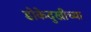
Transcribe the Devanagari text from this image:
डोकेदुखीच्या